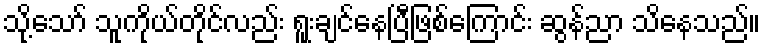
သို့သော် သူကိုယ်တိုင်လည်း ရူးချင်နေပြီဖြစ်ကြောင်း ဆွန်ညာ သိနေသည်။